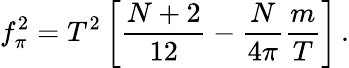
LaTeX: f_{\pi}^{2}=T^{2}\left[\frac{N+2}{12}-\frac{N}{4\pi}\frac{m}{T}\right]\, .